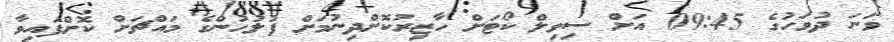
ވަނަ ދުވަހުގެ 09:45 އަށް ސިވިލް ކޯޓަށް ހާޒިރުކޮށްދިނުމަށް ފުލުހުންގެ މައްޗަށް ކޮށްފައިވާ